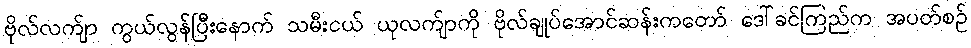
ဗိုလ်လက်ျာ ကွယ်လွန်ပြီးနောက် သမီးငယ် ယုလက်ျာကို ဗိုလ်ချုပ်အောင်ဆန်းကတော် ဒေါ်ခင်ကြည်က အပတ်စဉ်